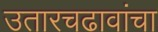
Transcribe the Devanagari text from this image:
उतारचढावांचा